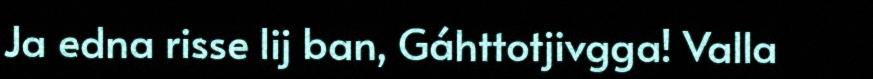
Ja edna risse lij ban, Gáhttotjivgga! Valla